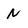
Character: N